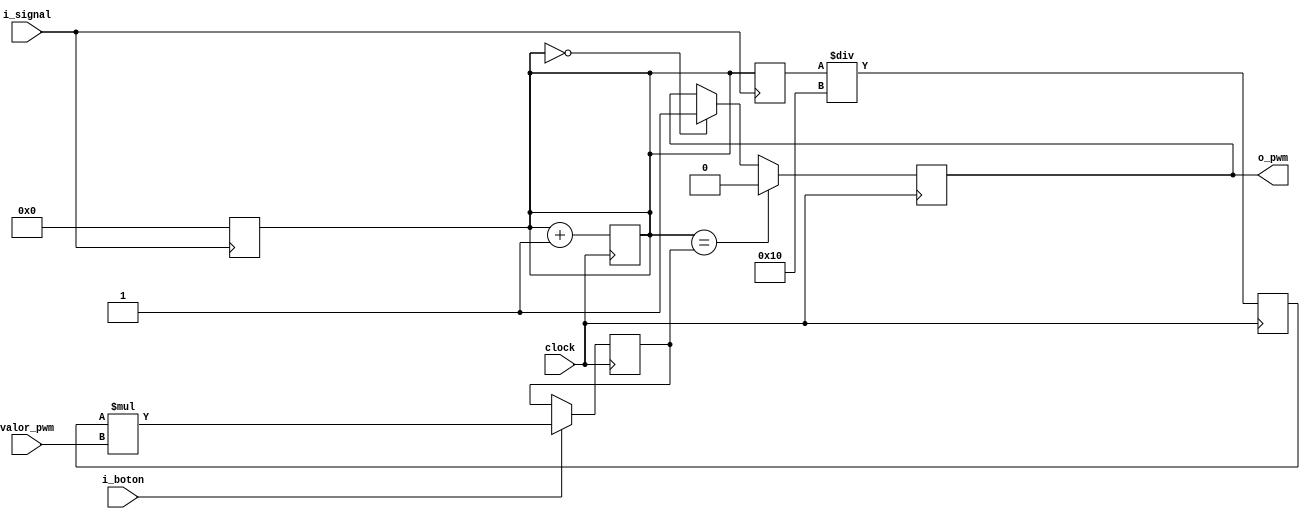
`timescale 1ns / 1ps
//////////////////////////////////////////////////////////////////////////////////
// Company: 
// Engineer: 
// 
// Design Name: 
// Module Name:    ejercicio_13 
// Project Name: 
// Target Devices: 
// Tool versions: 
// Description: 
//
// Dependencies: 
//
// Revision: 
// Revision 0.01 - File Created
// Additional Comments: 
//13.	Describa en Verilog e implemente en el kit BASYS 2 un PWM con resolucin de 4 bits. Deber modular el ancho de pulso
// de una onda cuadrada externa, la cual se introducir a la placa a travs de alguno de los pines disponibles para seales
// externas. Se Deber determinar la mxima frecuencia de seal de entrada que su circuito puede modular.
//
//////////////////////////////////////////////////////////////////////////////////
module ejercicio_13(
	input wire i_signal,
	input wire i_boton,
	input wire [3:0]valor_pwm,
	
	output reg o_pwm,
	
	input wire clock
    );
	
	reg [31:0]cont_clk;
//	reg [31:0]cont_pwm;
	reg [31:0]periodo;
	reg [31:0]resolucion; //dependera del periodo y sirve para calcular el ciclo de trabajo. es periodo/16
	reg [31:0]ciclo_dt;
	
	always@(posedge clock)
	begin
		cont_clk <= cont_clk + 1;  //incremento contador de clock
	end
	
	always@(posedge i_signal)
	begin
		cont_clk <= 0;
		periodo <= cont_clk;   // en cada flanco positivo de la seal, guardo el periodo de la misma
	end
	
	always@(posedge clock)
	begin
//		cont_pwm <= cont_pwm + 1;   // incremento el contador del pwm
		
		resolucion <= periodo / 16; // se calcula el valor minimo para el pwm
		
		if(cont_clk == 0)  // si el contador del clock es 0, se llego al periodo de la seal
		begin
			o_pwm <= 1; // se comienza el ciclo de trabajo
		end
		
		if(cont_clk == ciclo_dt) // cuando llega al ciclo de trabajo calculado, se baja la seal
		begin
			o_pwm <= 0;
		end
		
	end
	
	
	always@(posedge clock)
	begin
		if(i_boton == 1)
			ciclo_dt = resolucion * valor_pwm; // se carga el valor del ciclo de trabajo segun el valor de 16 bits ingresado en los botones
		// la resolucion es el ciclo minimo de trabajo. si valor_pwm vale 1, el ciclo de trabajo es maximo, si vale 16, es minimo
	end
	
endmodule